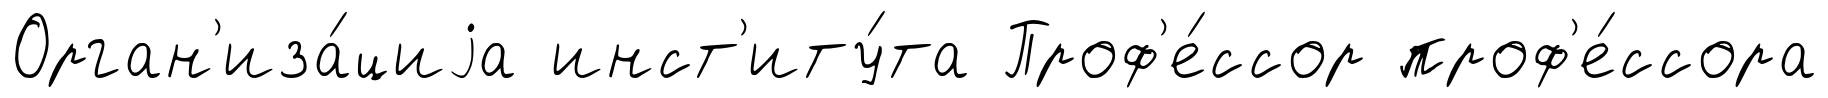
Орган'иза́циjа инст'иту́та Проф'е́ссор проф'е́ссора